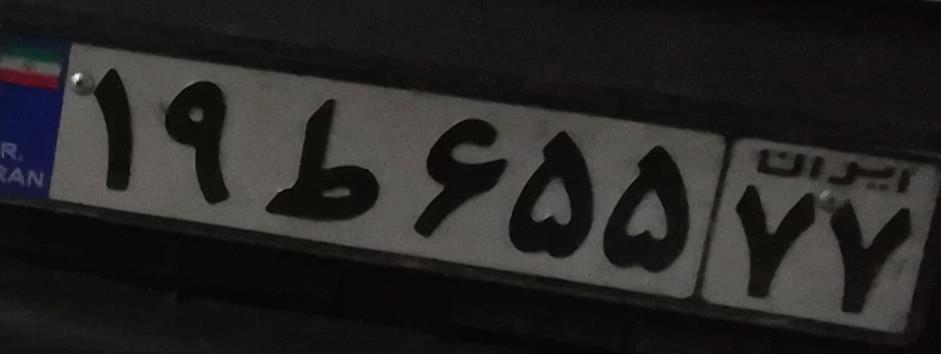
۱۹ط۶۵۵۷۷